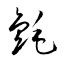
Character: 氈